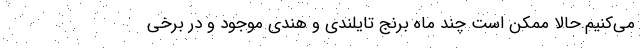
مي‌كنيم.حالا ممكن است چند ماه برنج تايلندي و هندي موجود و در برخي